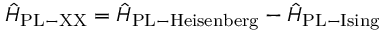
\hat { H } _ { \mathrm { { P L - X X } } } = \hat { H } _ { \mathrm { { P L - H e i s e n b e r g } } } - \hat { H } _ { \mathrm { { P L - I s i n g } } }